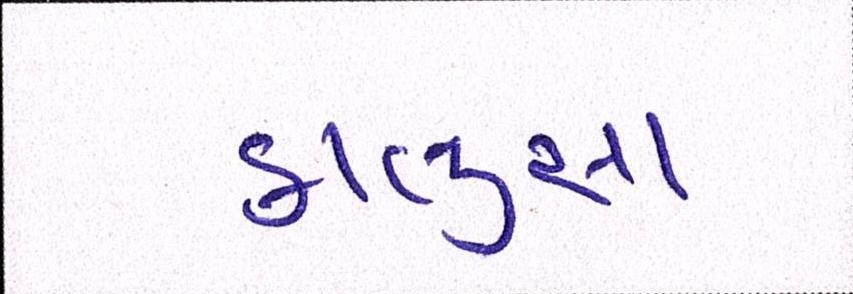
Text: કાલુસા